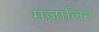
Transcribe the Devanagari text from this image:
मज़ालिम